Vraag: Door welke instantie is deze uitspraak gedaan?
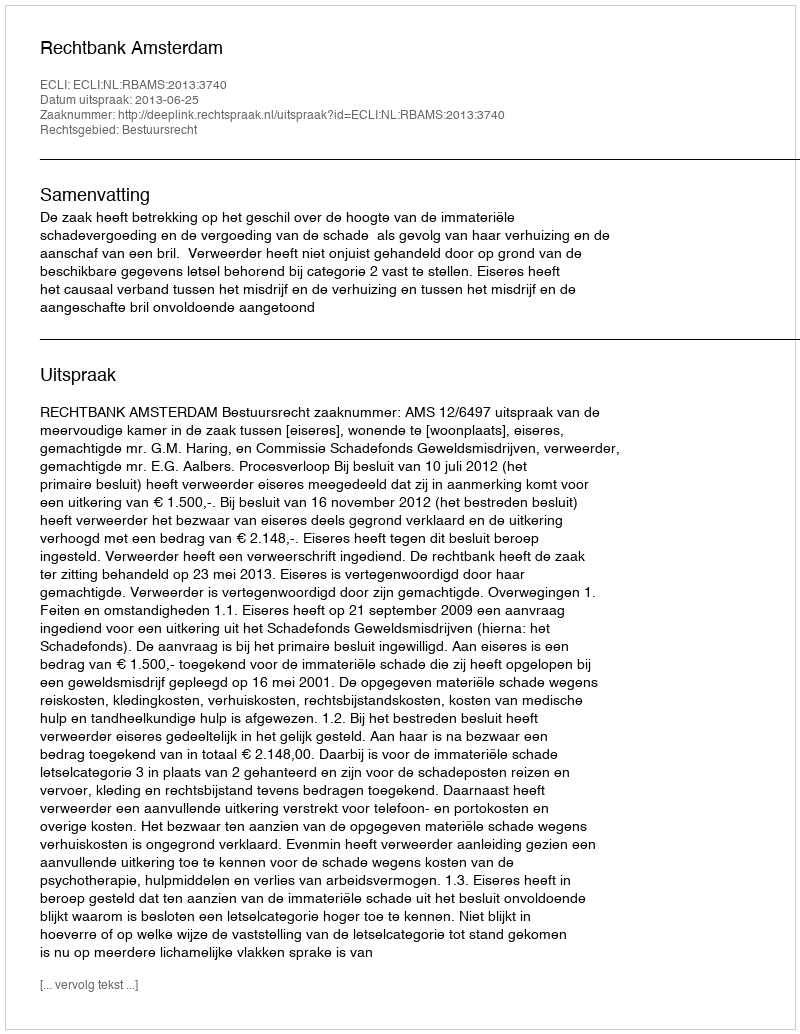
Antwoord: Rechtbank Amsterdam